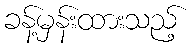
ခန့်မှန်းထားသည့်